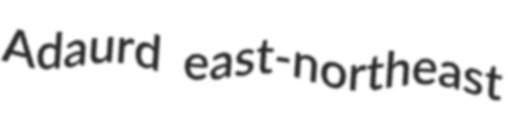
Adaurd east-northeast